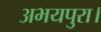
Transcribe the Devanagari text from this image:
अभयपुरा।